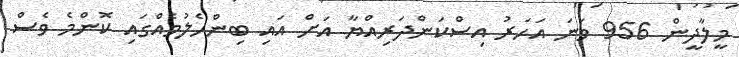
މީލާދީން 956 ވަނަ އަހަރު އިސްކަންދަރިއްޔާ އަށް އައި ބިންހެލުމެއްގައި ކޮންމެ ވެސް